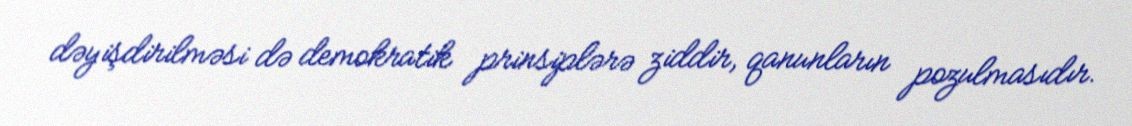
dəyişdirilməsi də demokratik prinsiplərə ziddir, qanunların pozulmasıdır.